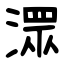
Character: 潀